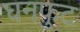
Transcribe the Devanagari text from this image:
घनफ़ुट